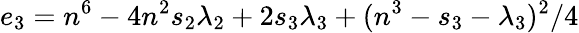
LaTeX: e_{3}=n^{6}-4n^{2}s_{2}\lambda_{2}+2s_{3}\lambda_{3}+(n^{3}-s_{3}-\lambda_{3})^{2}/4